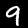
Digit: 9